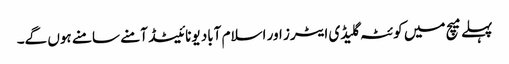
پہلے میچ میں کوئٹہ گلیڈی ایٹرز اور اسلام آباد یونائیٹڈ آمنے سامنے ہوں گے۔